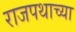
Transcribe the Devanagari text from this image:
राजपथाच्या